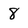
Character: 8